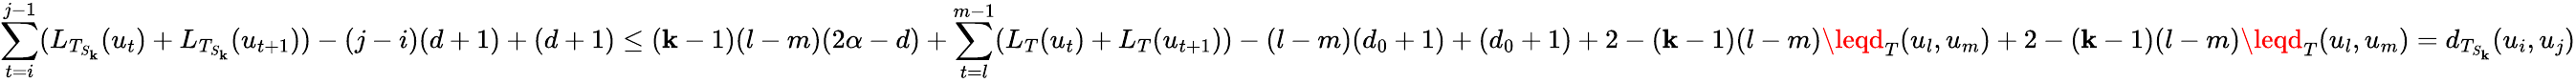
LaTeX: \sum_{t=i}^{j-1}(L_{T_{S_{\mathbf{k}}}}(u_{t})+L_{T_{S_{\mathbf{k}}}}(u_{t+1}))-(j-i)(d+1)+(d+1)\leq(\mathbf{k}-1)(l-m)(2\alpha-d)+\sum_{t=l}^{m-1}(L_{T}(u_{t})+L_{T}(u_{t+1}))-(l-m)(d_{0}+1)+(d_{0}+1)+2-(\mathbf{k}-1)(l-m)\leqd_{T}(u_{l},u_{m})+2-(\mathbf{k}-1)(l-m)\leqd_{T}(u_{l},u_{m})=d_{T_{S_{\mathbf{k}}}}(u_{i},u_{j})